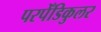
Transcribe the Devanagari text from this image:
परपेँडिकुलर